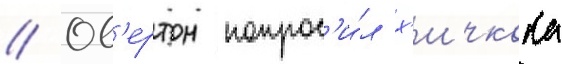
// Ов'ертон попрос'и́л х'ичкока